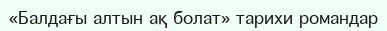
«Балдағы алтын ақ болат» тарихи романдар